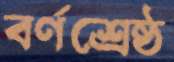
বর্ণশ্রেষ্ঠ